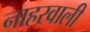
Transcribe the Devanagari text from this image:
नाहरवाली